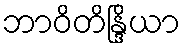
ဘာဝိတိန္ဒြိယာ